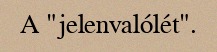
A "jelenvalólét".